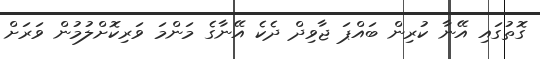
ގޮތުގައި އޭނާ ކުރިން ބައްޕަ ޖާވިދް ދެކެ އޭނާގެ މަންމަ ވަރިކޮށްލުމުން ވަރަށް